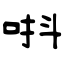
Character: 唞